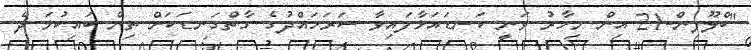
"ބްލޫފިން-21 އިން މިހާރު ވަނީ ކަނޑައަޅާފައިވާ ސަރަހައްދުގެ ގާތްގަނޑަކަށް ތިން ބައިކުޅަ ދެ